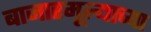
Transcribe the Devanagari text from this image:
बाजारमूल्याच्या